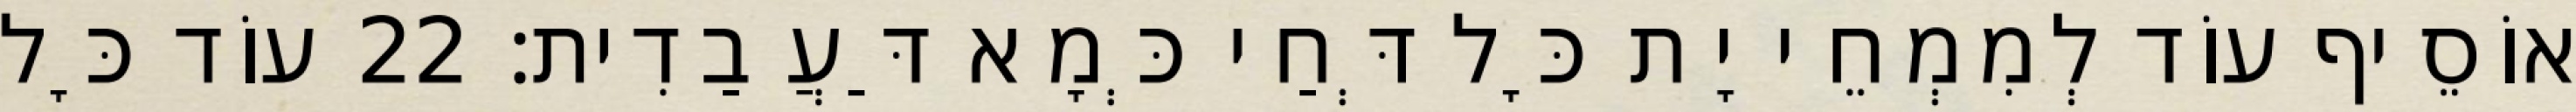
אוֹסֵיף עוֹד לְמִמְחֵי יָת כָּל דְּחַי כְּמָא דַּעֲבַדִית׃ 22 עוֹד כָּל